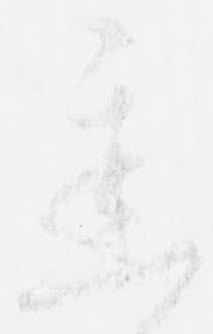
遅